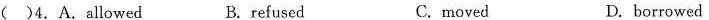
()4. A. Allowed B. refused C.moved D.borrowed